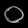
Digit: ၀